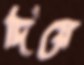
দিয়ে